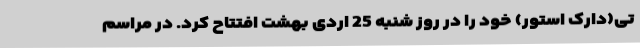
تی(دارک استور) خود را در روز شنبه 25 اردی بهشت افتتاح کرد. در مراسم